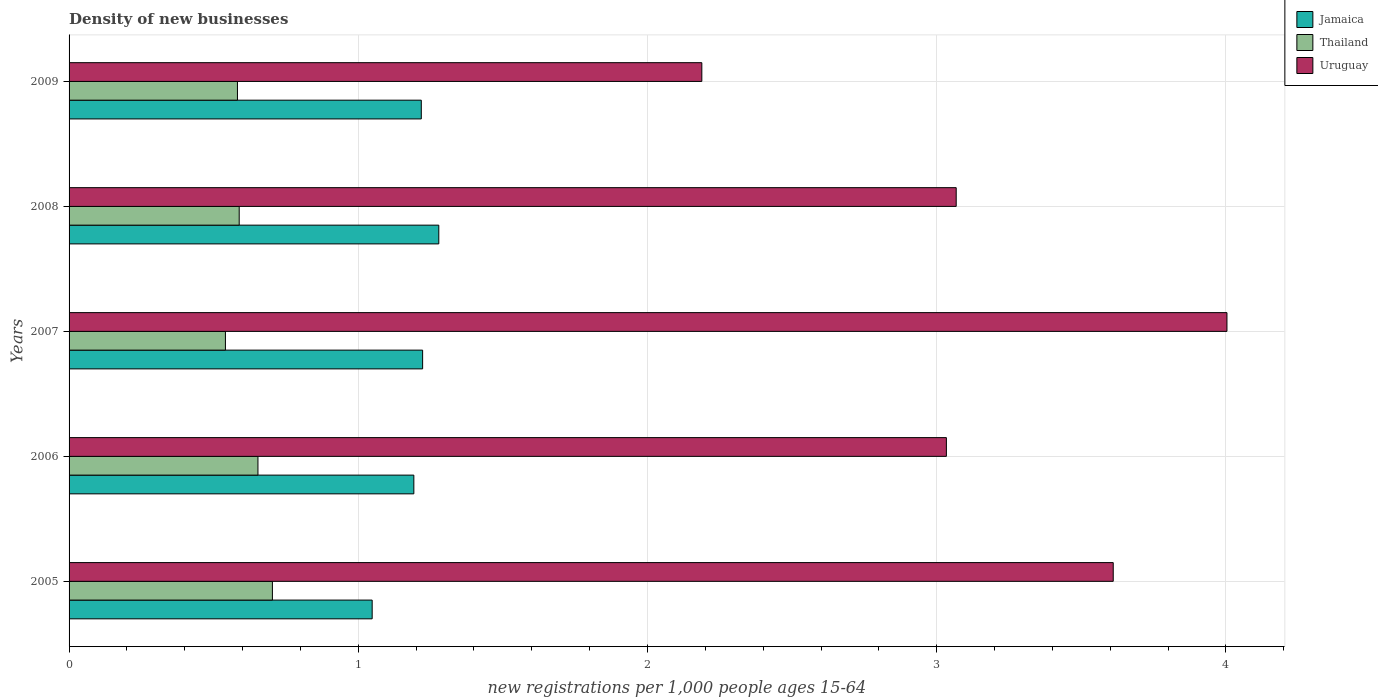
| Years | Jamaica | Thailand | Uruguay |
 | --- | --- | --- | --- |
 | 2005 | 1.05 | 0.703 | 3.61 |
 | 2006 | 1.19 | 0.653 | 3.03 |
 | 2007 | 1.22 | 0.541 | 4 |
 | 2008 | 1.28 | 0.588 | 3.07 |
 | 2009 | 1.22 | 0.582 | 2.19 |